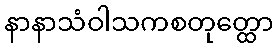
နာနာသံဝါသကစတုတ္ထော